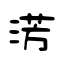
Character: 淓